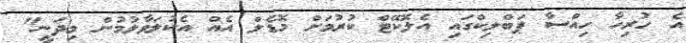
އެ ހުރިހާ ހިއްސާ ޕަބްލިކްގައި އެލޮކޭޓް ކުުރުމަށް މޮޑެލް އެއް އެކުލަވާލުމުން މިދަނީ"